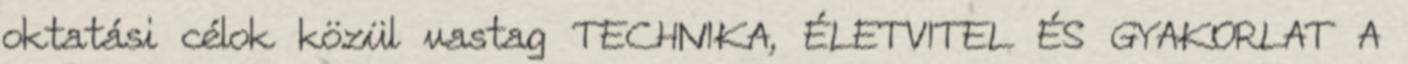
oktatási célok közül vastag TECHNIKA, ÉLETVITEL ÉS GYAKORLAT A